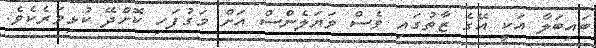
ބައިބަލާ އަކީ އޭގެ ޒާތުގައި ވެސް ވަޔަލެންސް އަށް މަގުފަހި ކޮށްދޭ ކުޅިވަރެކެވެ.